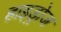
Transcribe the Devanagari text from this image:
हाइड्रोज